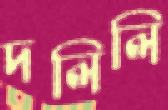
দলিলি